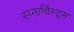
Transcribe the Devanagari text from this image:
स्य्नार्चिस्ट्स